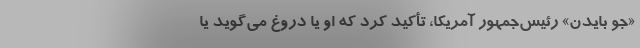
«جو بایدن» رئیس‌جمهور آمریکا، تأکید کرد که او یا دروغ‌ می‌گوید یا